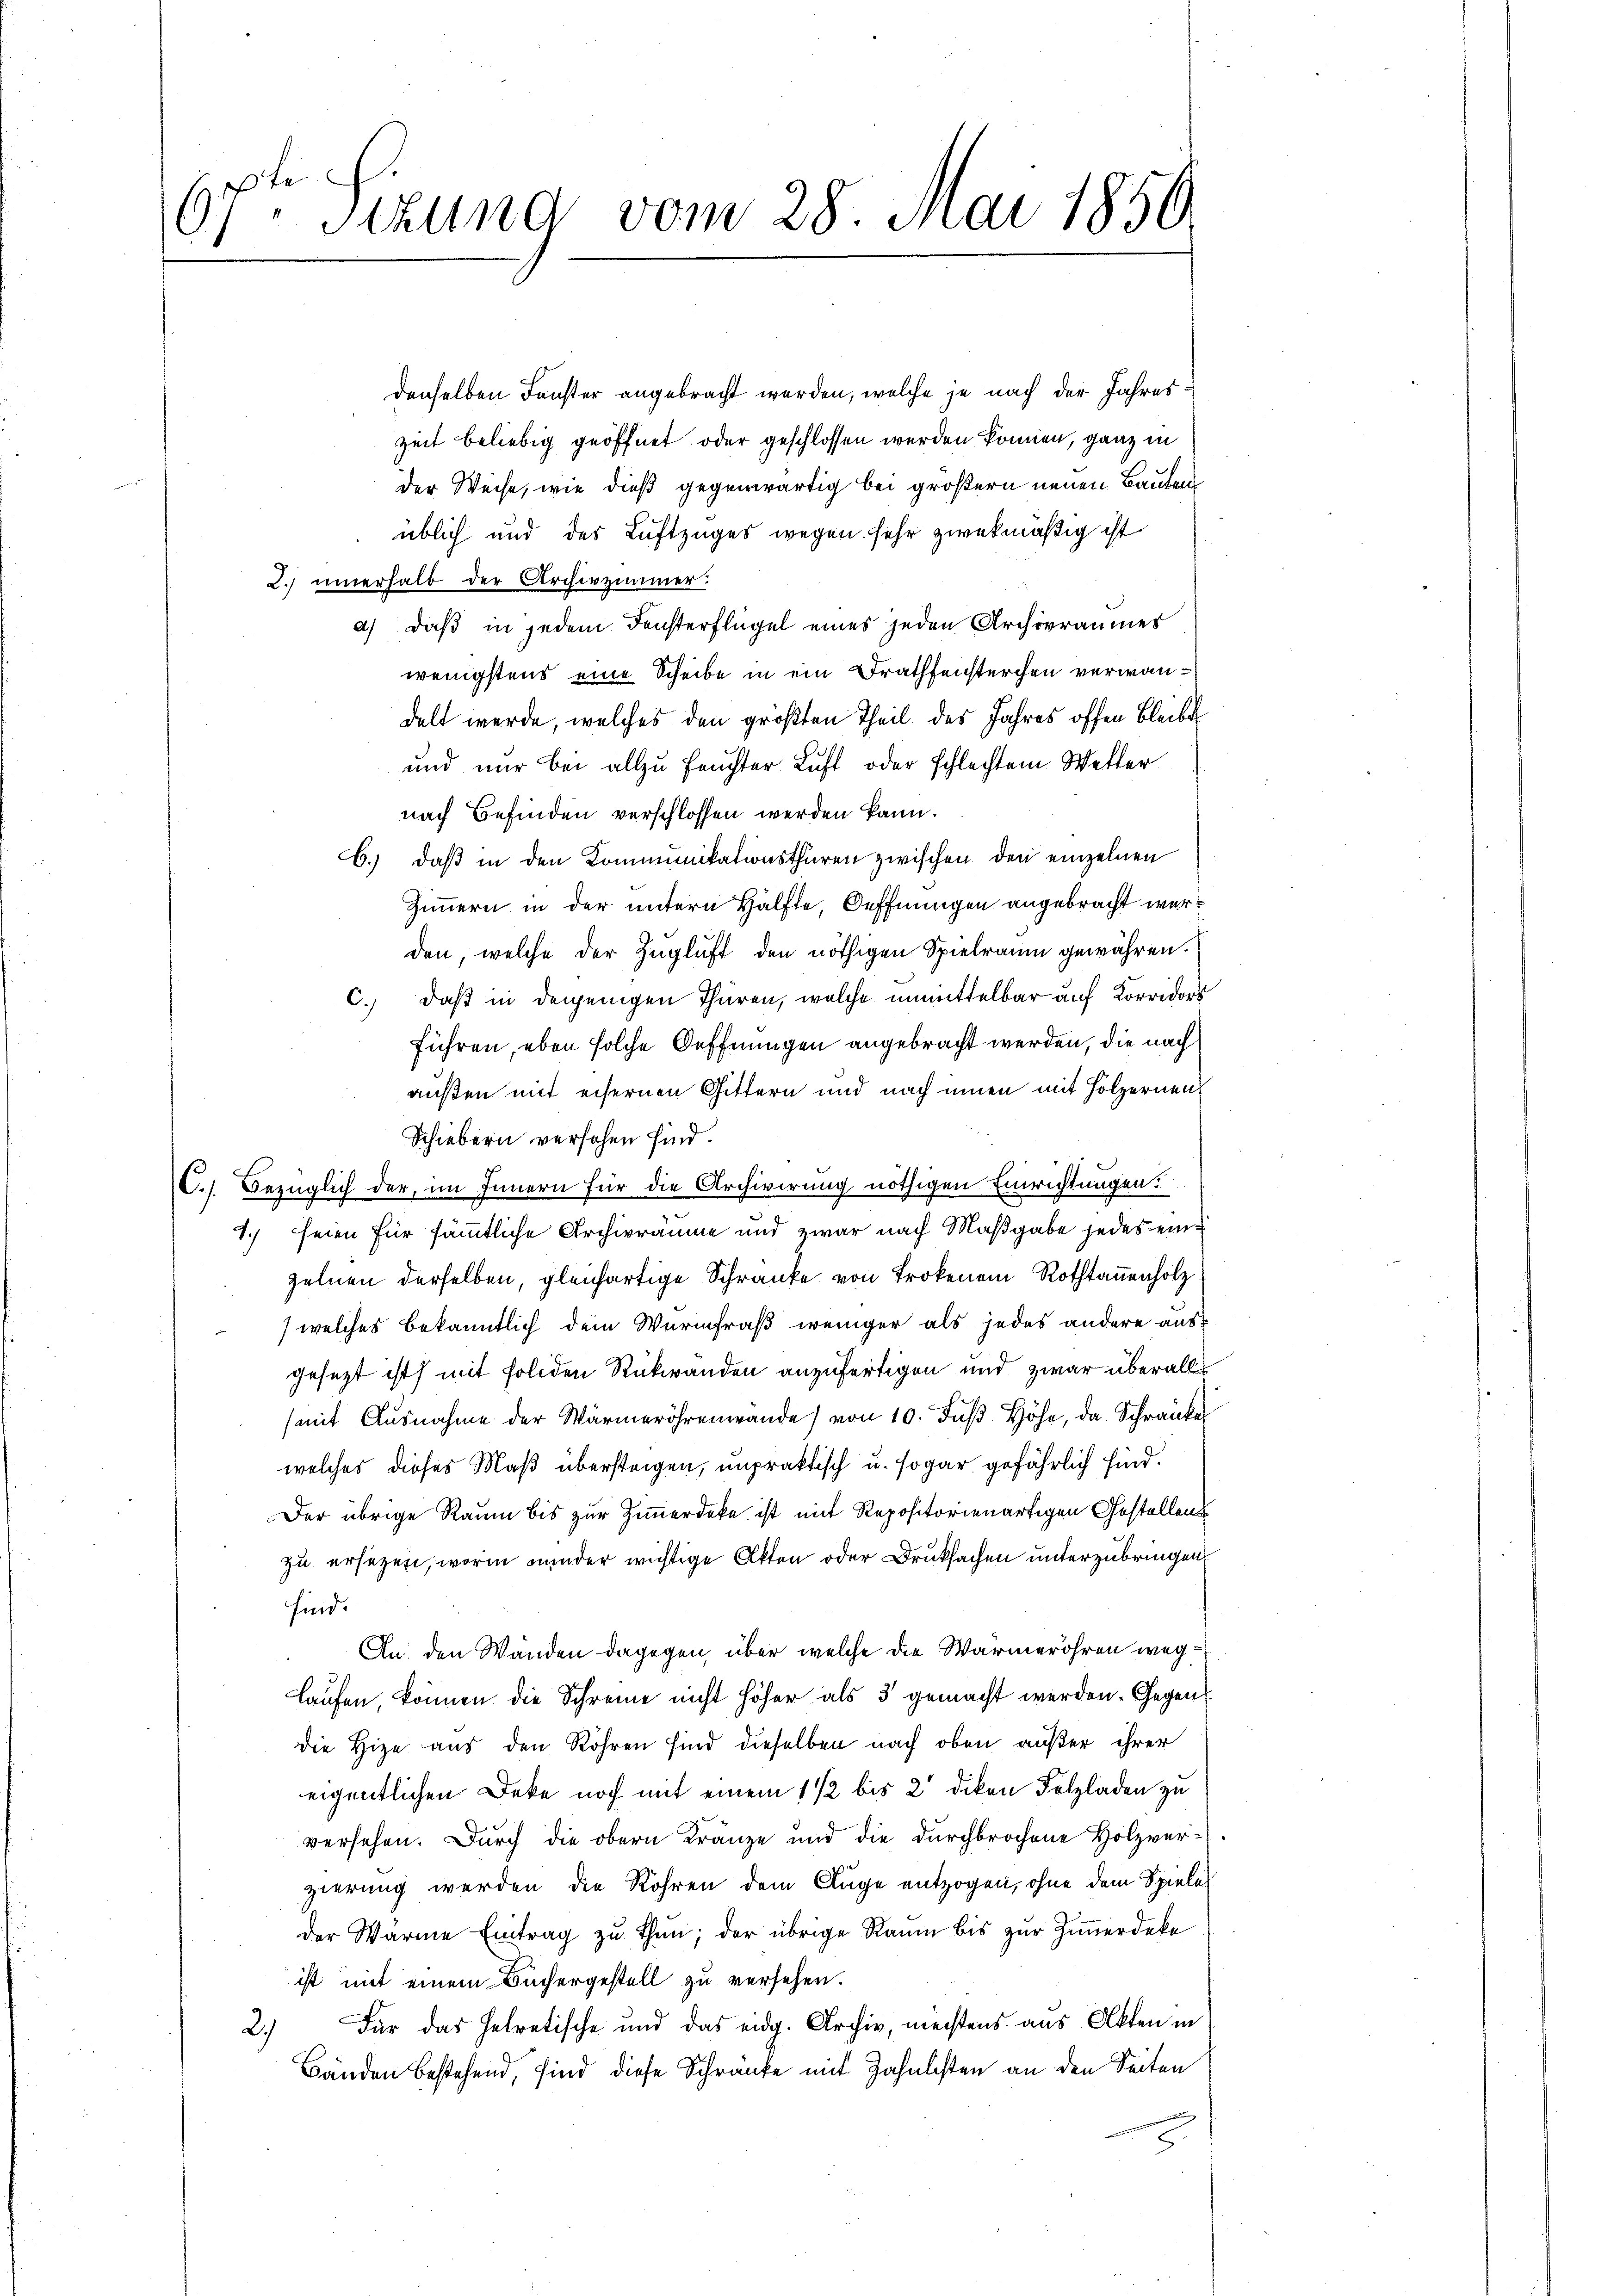
67ten Sizung vom 28. Mai 1850

denselben Fenster angebracht werden, welche je nach der Jahreszeit beliebig geöffnet oder geschlossen werden können, ganz in
der Weise, wie dieß gegenwärtig bei größern neuen Baubens
üblich und des Luftzuges wegen sehr zwekmäßig ist
2.) innerhalb der Archivzimmer.
a) daß in jedem Fensterflügel eines jeden Archivraumes
wenigstens eine Scheibe in ein Drathensterchen verwandelt werde, welches den größten Theil des Jahres offen bleibt
und nur bei allzu feuchter Luft oder schlechtem Wetter
nach Befinden verschlossen werden kann.
b.) daß in den Kommunikationsthüren zwischen den einzelnen
Zimmern in der untern Hälfte, Oeffnungen angebracht werden, welche der Zugluft den nöthigen Spielraum gewähren.
c.) daß in denjenigen Thüren, welche unmittelbar auf Korridors
führen, eben solche Oeffnungen angebracht werden, die nach
außen mit eisernen Gittern und nach innen mit Hölzernen
Schiebern versehen sind.
C.) Bezüglich der, im Innern für die Archivirung nöthigen Einrichtungen:
1.) seien für sämmtliche Archivräume und zwar nach Maßgabe jedes einzelnen derselben, gleichartige Schranke von Trokenem Rothtanenholz
) welches bekanntlich dem Wurmfraß weniger als jedes andere ausgesezt ist mit soliden Rückwanden anzufertigen und zwar überalle
(mit Ausnahme der Wärmeröhrenwande) von 10. Fuß Höhe, da Schränke
welches dieses Maß übersteigen, unpraktisch u. sogar gefährlich sind.
Der übrige Raum bis zur Zimmerdeke ist mit Repositorienartigen Gestellen
zu ersezen, worin minder wichtige Akten oder Druksachen unterzubringen
sind.
An den Wanden dagegen, über welche die Wärmeröhren weg¬
Laufen, können die Schreine nicht höher als 3 gemacht werden. Gegen
die Hize aus den Röhren sind dieselben nach oben außer ihrer
eigentlichen Deke noch mit einem 1 1/2 bis 2' dikon Folzladen zu
versehen. Durch die obern Kränze und die durchbrochene Holzverzierung werden die Röhren dem Auge entzogen, ohne dem Spieler
der Wärme Eintrag zu thun; der übrige Raum bis zur Zimmerdeke
ist mit einem Büchergestell zu versehen.
Für das helvetische und das eidg. Archiv, meistens aus Akten in
2)
Bänden bestehend, sind diese Schränke mit Zahnlisten an den Seiten
2